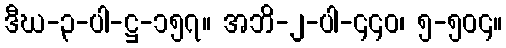
ဒီဃ-၃-ပါ-ဋ္ဌ-၁၅၇။ အဘိ-၂-ပါ-၄၄၀၊ ၅-၅၀၄။